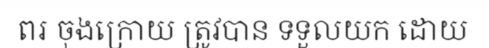
ពរ ចុងក្រោយ ត្រូវបាន ទទួលយក ដោយ